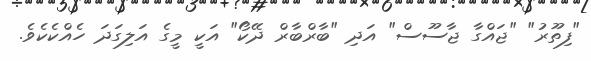
"ފިތޫރު" "ޖައްގާ ޖާސޫސް" އަދި "ބާރްބާރް ދޭކޯ" އަކީ މީގެ އަލިގަދަ ހެއްކެކެވެ.